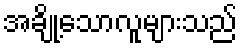
အချို့သောလူများသည်